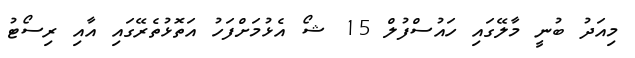
މިއަދު ބުނީ މާލޭގައި ހައުސްފުލް 15 ޝޯ އެޅުމަށްފަހު އަތޮޅުތެރޭގައި އާއި ރިސޯޓު